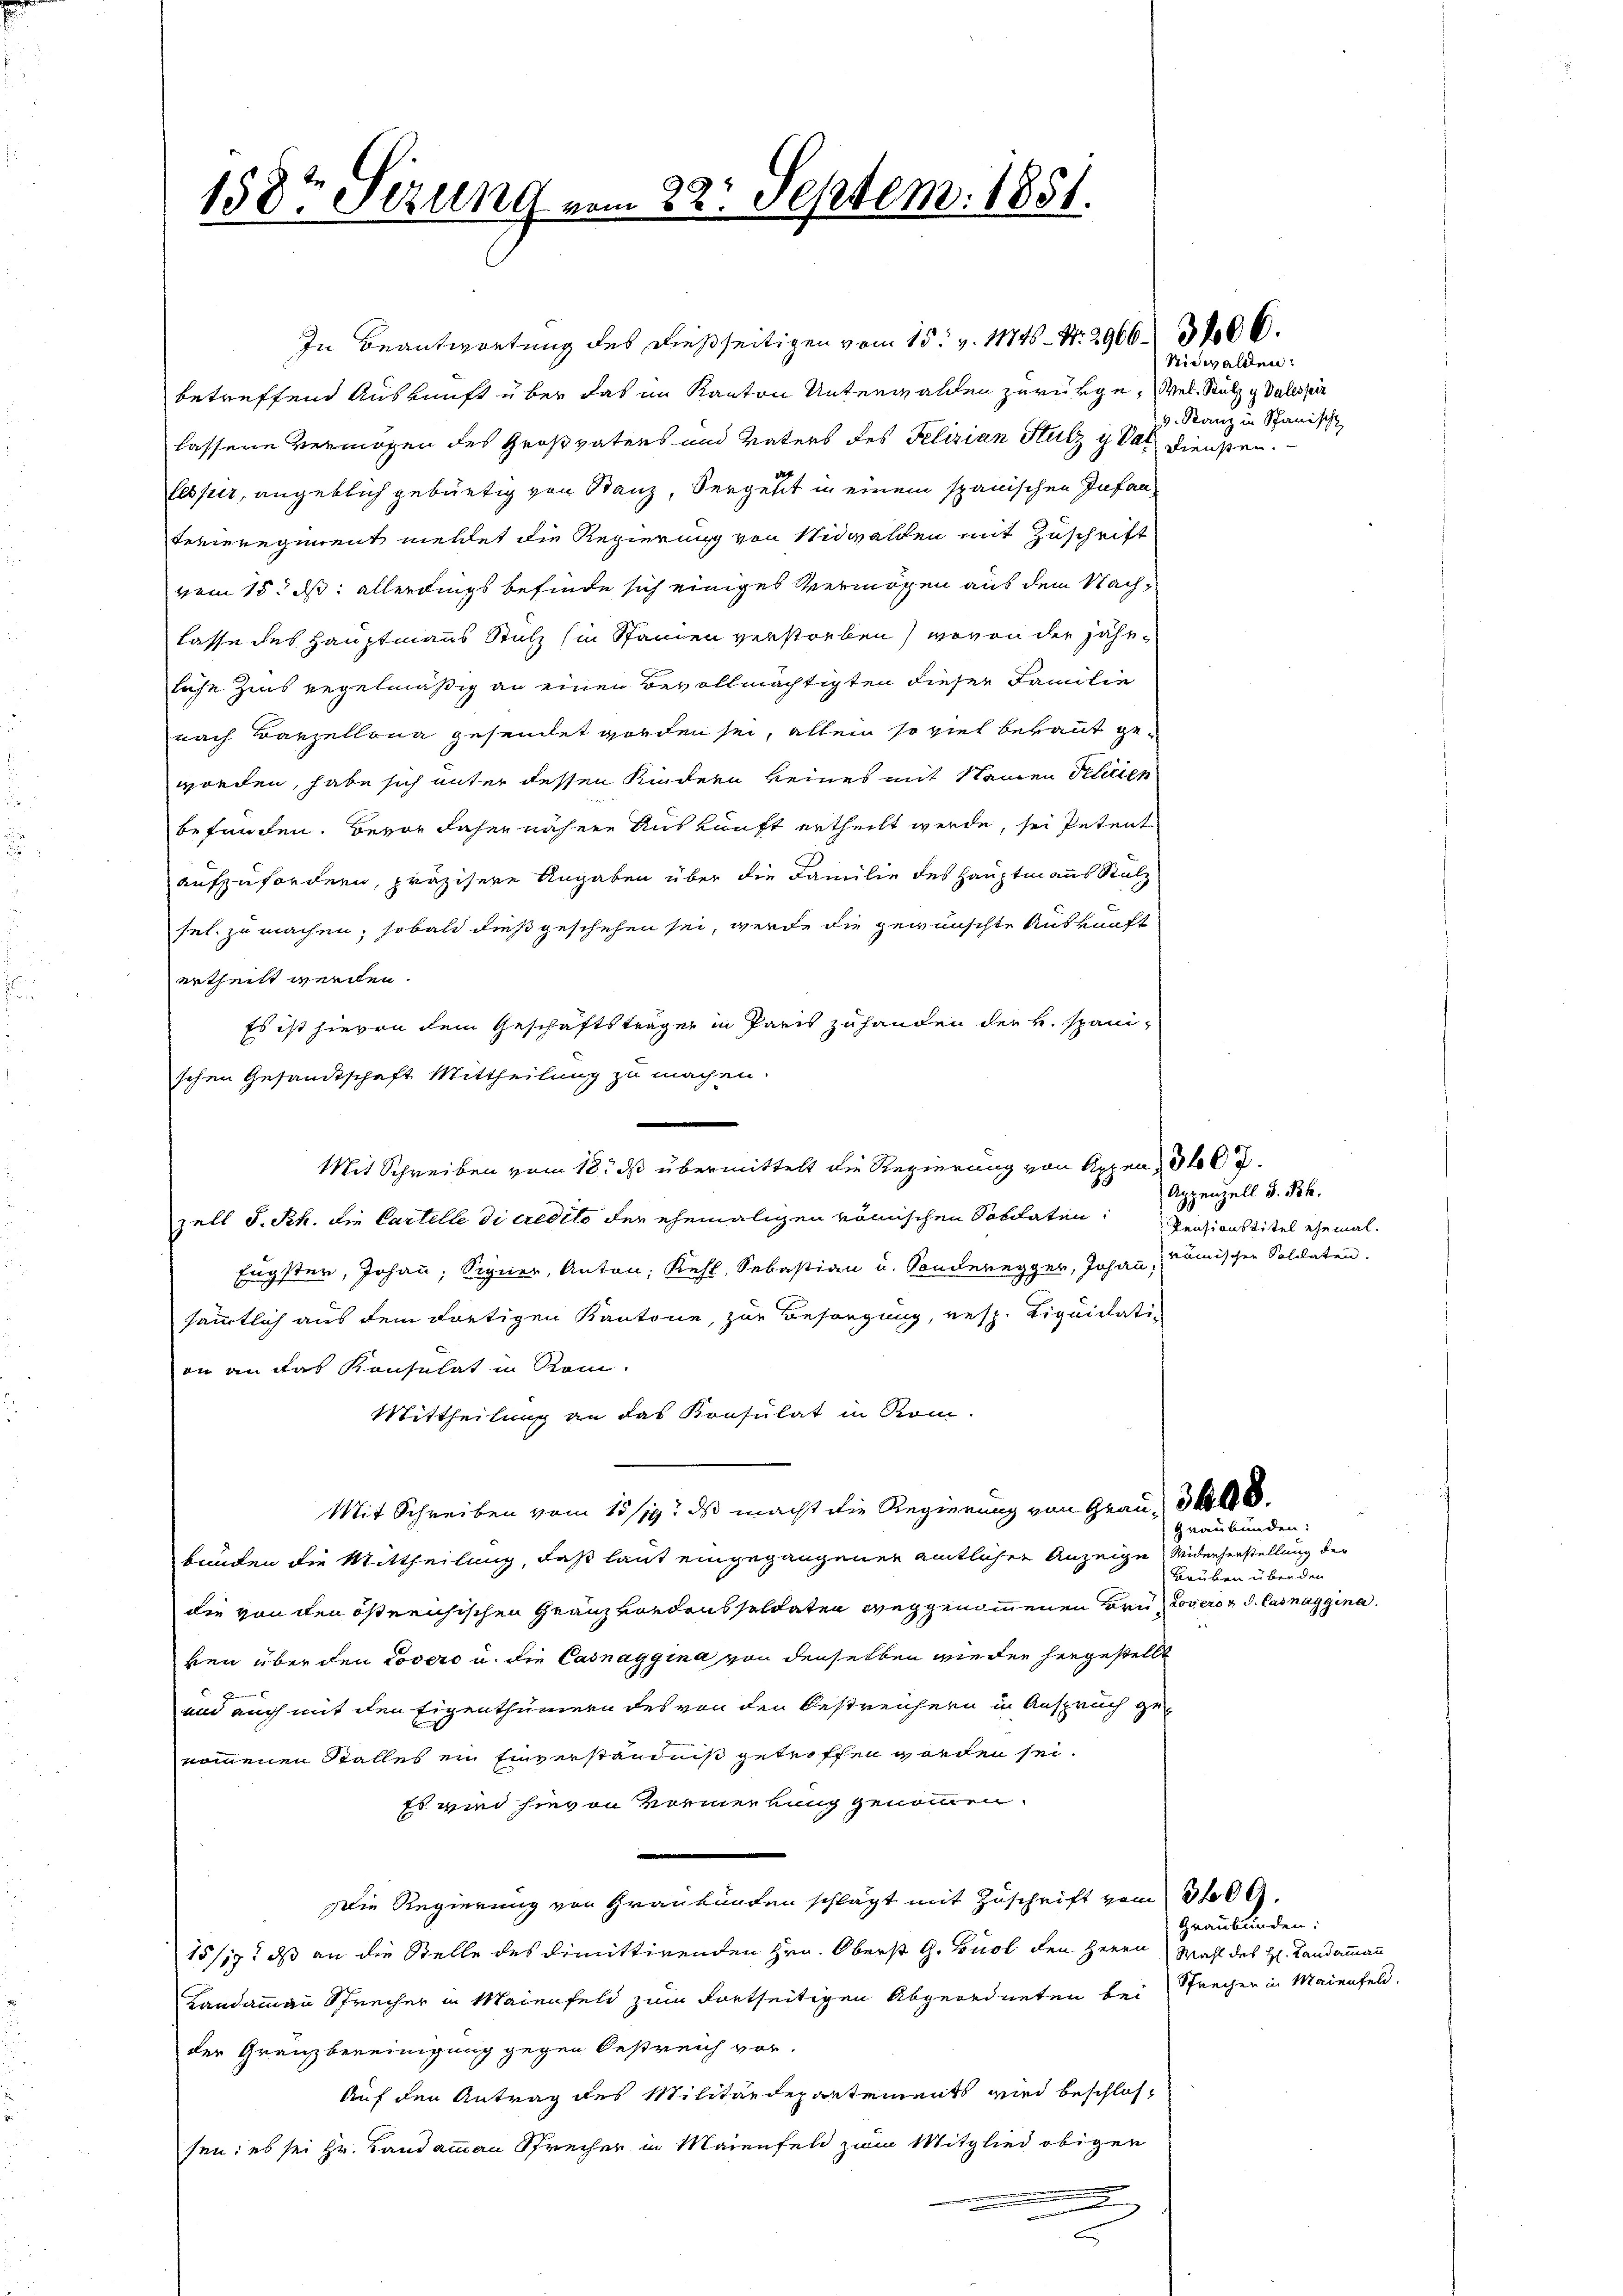
158t Sizung vom 22. Septem. 1851.

betreffend Auskunft über das im Kanton Unterwalden zurükge, Vel. Stutz u Valeskir
lassene Vermögen des Großvatens und Vaters des Felizian Stutz u das Diensten.
lesser, angeblich gebürtig von Stanz, Sergeht in einem spanischen Infan¬
Ferieregiment meldet die Regierung von Nidwalden mit Zuschrift
vom 15. ds. allerdings befinde sich einiges Vermögen aus dem Nachlasse des Hauptmanns Stutz (in Stanien verstorben) wovon der jährliche Zins regelmäßig an einen Bevollmächtigten dieser Familie
nach Barzellona gesendet worden sei, allein so viel bekannt ge-
worden, habe sich unter dessen Kindern keines mit Stainen Pelicien
befunden. Bevor daher nähere Auskunft ertheilt werde, sei Petent
aufzufordern, präzisere Angaben über die Familie des Hauptmanns Salz
sel. zu machen; sobald dieß geschehen sei, werde die gewünschte Auskunft
ertheilt werden.
Es ist hievon dem Geschäftsträger in Paris zuhanden der v. spanischen Gesandtschaft Mittheilung zu machen.
Mit Schreiben vom 18. ds übermittelt die Regierung von Appen, 866.
zell S. Rh. die Cartelle di credito der ehemaligen römischen Solitaten Pensionstitel ehemal.
Eugster, Johann, Signer, Anton; Kehl, Sebastian u. Sonderegger, Johann,
sämmtlich aus dem dortigen Kantone, zur Besorgung, resp. Liquidati-
on an das Konsulat in Rom.
Mittheilung an das Konsulat in Rom.
Mit Schreiben vom 15/19. ds macht die Regierung von Grau, 38
bunden die Mittheilung, daß laut eingegangenen amtlicher Anzeige Widerherstellung der
die von den östreichischen Granzvordens soldaten weggenommenen Hrn. Jovero z d. Casnaggina
ken über den Covero u. die Casnaggina von denselben wieder hergestellt
und auch mit den Eigenthümern des von den Oestreichern in Anspruch ge-
nommenen Stalles ein Einverständniß getroffen worden sei.
Es wird hievon Vormerkung genommen.
Die Regierung von Graubünden schlägt mit Zuschrift vom 30.
15/19. ds an die Stelle des dimittirenden Hrn. Oberst G. Buol den Herrn Wahl des H. Landammann
Landammann Sprecher in Maienfeld zum Fortseitigen Abgeordneten bei Sprecher in Maienfeld.
der Gränzbereinigung gegen Oestreich vor.
Auf den Antrag des Militärdepartements wird beschlossen: es sei Hr. Landammann Sprecher in Maienfeld zum Mitglied obigen

In Beantwortung des dießseitigen vom 15. v. 11746. N. 2966. 306.

c

Nidwalden:
v. Stanz in Spanisch

Appenzell S. Rh.
römischen Soldaten.

Graubünden:
Bauben über den

Graubünden: